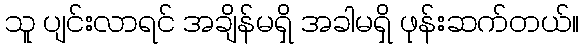
သူ ပျင်းလာရင် အချိန်မရှိ အခါမရှိ ဖုန်းဆက်တယ်။